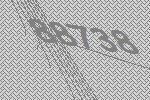
88738